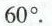
6 0°$$.